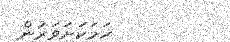
ހަމަކަށަވަރުން